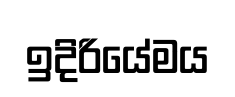
ඉදිරියේමය